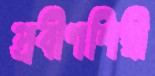
প্রবীণশিল্পী